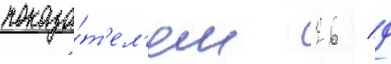
показа́т'ел'ем 26 / 9